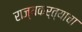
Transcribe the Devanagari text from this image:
राज्यकर्त्याचा